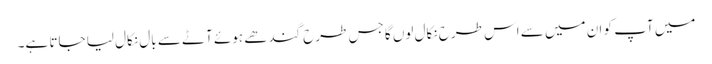
میں آپ کو ان میں سے اس طرح نکال لوں گا جس طرح گندھے ہوئے آٹے سے بال نکال لیا جاتا ہے۔